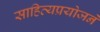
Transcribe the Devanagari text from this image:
साहित्यप्रयोजने